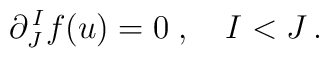
\partial^{\,I}_J f(u) = 0\;, \quad I<J\,.